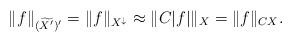
LaTeX: \begin{align*} \|f\|_{(\widetilde{X^{\prime}})^{\prime}} = \|f\|_{X^{\downarrow}} \approx \|C|f| \|_{X} = \| f\|_{CX}.\end{align*}